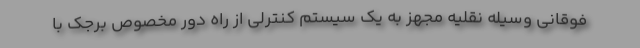
فوقانی وسیله نقلیه مجهز به یک سیستم کنترلی از راه دور مخصوص برجک با